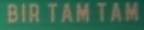
BIR TAM TAM